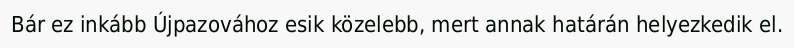
Bár ez inkább Újpazovához esik közelebb, mert annak határán helyezkedik el.